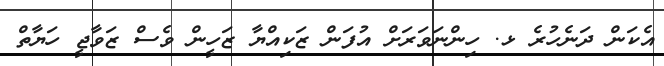
އެކަން ދަނެހުރެ ޅ. ހިންނަވަރަށް އުފަން ޒަކިއްޔާ ޒަހީން ވެސް ޒަވާޖީ ހަޔާތް